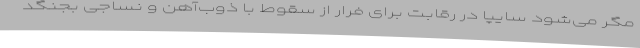
مگر می‌شود سایپا در رقابت برای فرار از سقوط با ذوب‌آهن و نساجی بجنگد